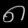
Digit: ၈